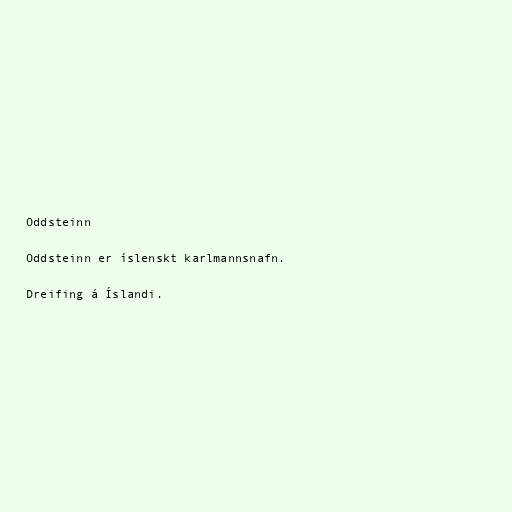
Oddsteinn

Oddsteinn er íslenskt karlmannsnafn.

Dreifing á Íslandi.